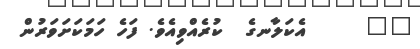
٣٧     އެކަލާނގެ  ކުރެއްވިއެވެ. ފަހެ ހަމަކަށަވަރުން